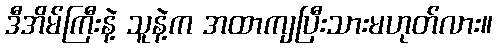
ဒီအိမ်ကြီးနဲ့ သူနဲ့က အထာကျပြီးသားမဟုတ်လား။